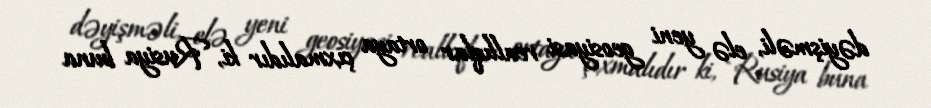
dəyişməli, elə yeni geosiyasi reallıqlar ortaya çıxmalıdır ki, Rusiya buna